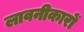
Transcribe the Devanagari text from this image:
लावनीकारों